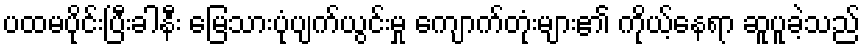
ပထမပိုင်းပြီးခါနီး မြေသားပုံပျက်ယွင်းမှု ကျောက်တုံးများ၏ ကိုယ့်နေရာ ဆူပူခဲ့သည်